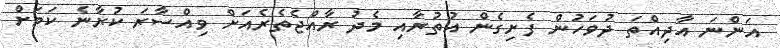
އަންނަ އާދިއްތަ ދުވަހުން ފެށިގެން އުތުރާއި މެދު ރާއްޖެތެރެއަށް ވިއްސާރަ ކުރާނެ ކަމަށް